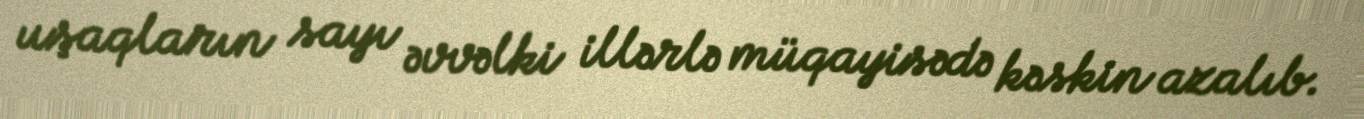
uşaqların sayı əvvəlki illərlə müqayisədə kəskin azalıb.